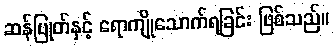
ဆန်ပြုတ်နှင့် ရောကျိုသောက်ရခြင်း ဖြစ်သည်။